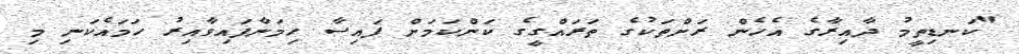
"ކަނޑިތީމު ދާއިރާގެ އެހެން ރަށްތަކުގެ ތަރައްގީގެ ކަންކަމަށް ފައިސާ ހިމަނާފައިވާއިރު ހަމައެކަނި މި